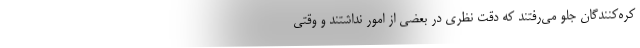
کره‌کنندگان جلو می‌رفتند که دقت نظری در بعضی از امور نداشتند و وقتی